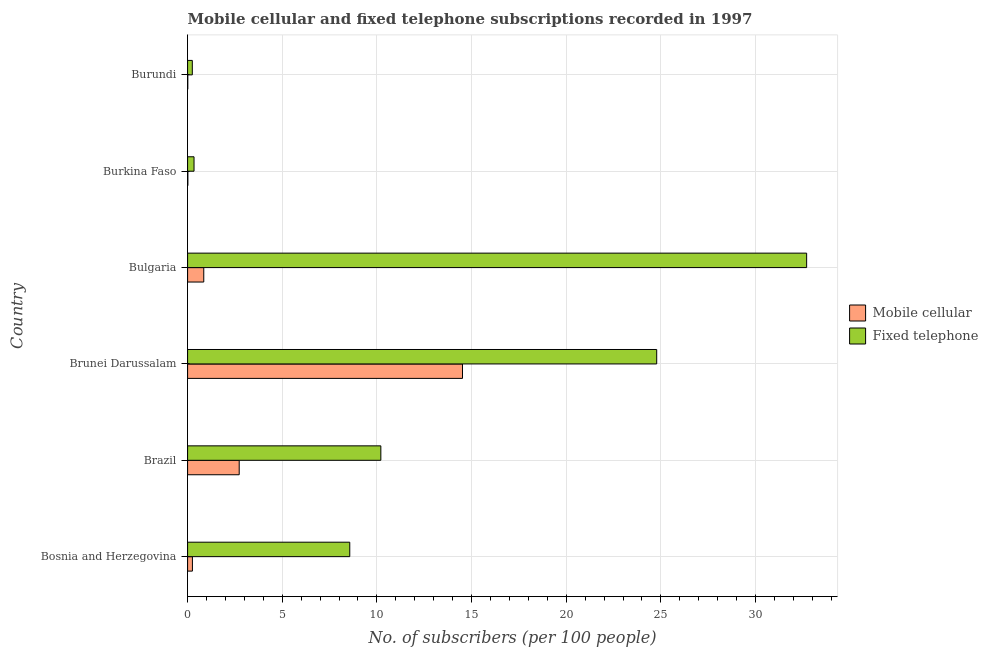
| Country | Mobile cellular | Fixed telephone |
 | --- | --- | --- |
 | Bosnia and Herzegovina | 0.255 | 8.57 |
 | Brazil | 2.73 | 10.2 |
 | Brunei Darussalam | 14.5 | 24.8 |
 | Bulgaria | 0.854 | 32.7 |
 | Burkina Faso | 0.0141 | 0.34 |
 | Burundi | 0.00972 | 0.249 |